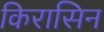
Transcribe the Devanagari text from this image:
किरासिन